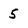
Character: 5